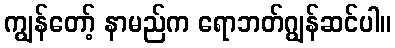
ကျွန်တော့် နာမည်က ရောဘတ်ဂျွန်ဆင်ပါ။